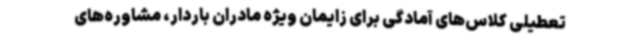
تعطیلی کلاس‌های آمادگی برای زایمان ویژه مادران باردار، مشاوره‌های